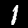
Label: 1